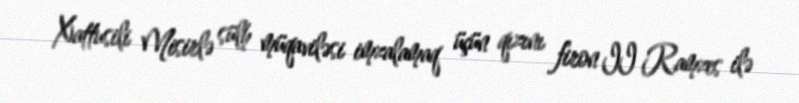
Xattusili Misirlə sülh müqaviləsi imzalamaq üçün qızını firon II Ramzes ilə